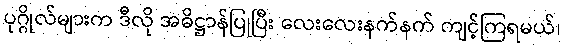
ပုဂ္ဂိုလ်များက ဒီလို အဓိဋ္ဌာန်ပြုပြီး လေးလေးနက်နက် ကျင့်ကြရမယ်၊